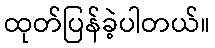
ထုတ်ပြန်ခဲ့ပါတယ်။